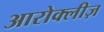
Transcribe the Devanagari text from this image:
आरोक्लीज़